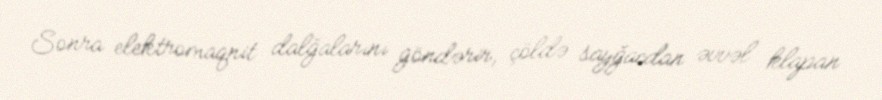
Sonra elektromaqnit dalğalarını göndərir, çöldə sayğacdan əvvəl klapan